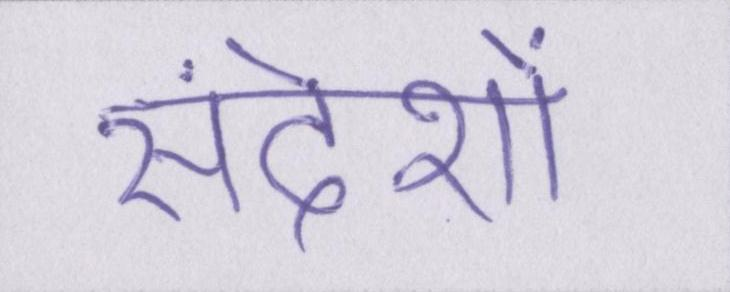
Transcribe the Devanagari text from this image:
संदेशों